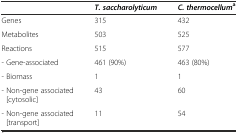
<table><thead><tr><td></td><td><b><i>T. saccharolyticum</i></b></td><td><b><i>C. thermocellum</i><sup>a</sup></b></td></tr></thead><tbody><tr><td>Genes</td><td>315</td><td>432</td></tr><tr><td>Metabolites</td><td>503</td><td>525</td></tr><tr><td>Reactions</td><td>515</td><td>577</td></tr><tr><td>- Gene-associated</td><td>461 (90%)</td><td>463 (80%)</td></tr><tr><td>- Biomass</td><td>1</td><td>1</td></tr><tr><td>- Non-gene associated [cytosolic]</td><td>43</td><td>60</td></tr><tr><td>- Non-gene associated [transport]</td><td>11</td><td>54</td></tr></tbody></table>